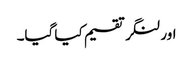
اور لنگر تقسیم کیا گیا۔